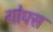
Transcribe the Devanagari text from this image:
गोफ्स